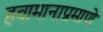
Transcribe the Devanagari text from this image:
हवामानाप्रमाणे